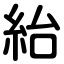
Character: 紿